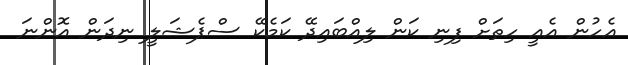
އެހުން އެއީ ހިތަށް ފިނި ކަން ލިއްބައިދޭ ކަމެކޭ ސްޕެޝަލީ ނިދަން އޮންނަ